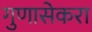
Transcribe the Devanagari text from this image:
गुणासेकरा